Annual administration report of the Civil Veterinary Department of India - 1899-1900
Year: 1899
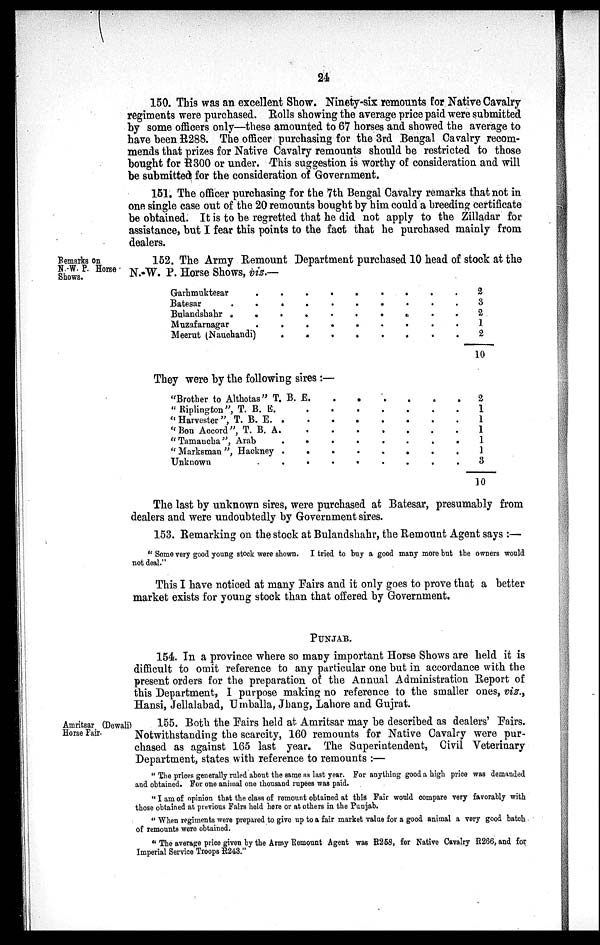
24
150. This was an excellent Show. Ninety-six remounts for Native Cavalry
regiments were purchased. Rolls showing the average price paid were submitted
by some officers only—these amounted to 67 horses and showed the average to
have been R288. The officer purchasing for the 3rd Bengal Cavalry recom-
mends that prizes for Native Cavalry remounts should be restricted to those
bought for R300 or under. This suggestion is worthy of consideration and will
be submitted for the consideration of Government.
151. The officer purchasing for the 7th Bengal Cavalry remarks that not in
one single case out of the 20 remounts bought by him could a breeding certificate
be obtained. It is to be regretted that he did not apply to the Zilladar for
assistance, but I fear this points to the fact that he purchased mainly from
dealers.
Remarks on
N -W. P. Horse
Shows.
152. The Army Remount Department purchased 10 head of stock at the
N.-W. P. Horse Shows, viz.—
Garhmuktesar
.
.
.
.
.
.
.
.
.
Batesar
.
.
.
.
.
.
.
.
.
Bulandshahr
.
..
.
.
.
.
.
.
.
.
Muzafarnagar
.
.
.
.
.
.
.
.
.
Meerut (Nauchandi)
.
.
.
.
.
.
.
.
.
2
3
2
1
2
10
They were by the following sires:—
"Brother to Althotas" T. B.
E. . . . . . . . . .
"Riplington", T. B.
E.
.
.
.
.
.
.
.
.
.
" Harvester ", T. B.
E.
.
.
.
.
.
.
.
.
.
"Bon Accord", T. B.
A.
.
.
.
.
.
.
.
.
.
"Tamaucha", Arab
.
.
.
.
.
.
.
.
.
"Marksman", Hackney
Unknown
.
.
.
.
.
.
.
.
.
2
1
1
1
1
1
3
30
The last by unknown sires, were purchased at Batesar, presumably from
dealers and were undoubtedly by Government sires.
153. Remarking on the stock at Bulandshahr, the Remount Agent says:—
"Some very good young stock were shown. I tried to buy a good many more but the owners would
not deal."
This I have noticed at many Fairs and it only goes to prove that a better
market exists for young stock than that offered by Government.
PUNJAB.
154. In a province where so many important Horse Shows are held it is
difficult to omit reference to any particular one but in accordance with the
present orders for the preparation of the Annual Administration Report of
this Department, I purpose making no reference to the smaller ones, viz.,
Hansi, Jellalabad, Umballa, Jhang, Lahore and Gujrat.
Amritsar (Dewali)
Horse Fair.
155. Both the Fairs held at Amritsar may be described as dealers' Fairs.
Notwithstanding the scarcity, 160 remounts for Native Cavalry were pur-
chased as against 165 last year. The Superintendent, Civil Veterinary
Department, states with reference to remounts:—
"The prices generally ruled about the same as last year. For anything good a high price was demanded
and obtained. For one animal one thousand rupees was paid.
"I am of opinion that the class of remount obtained at this Fair would compare very favorably with
those obtained at previous Fairs held here or at others in the Punjab.
"When regiments were prepared to give up to a fair market value for a good animal a very good batch
of remounts were obtained.
"The average price given by the Army Remount Agent was R258, for Native Cavalry R266, and for
Imperial Service Troops R243."